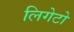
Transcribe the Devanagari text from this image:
लिगेटो